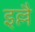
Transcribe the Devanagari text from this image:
इल्लै